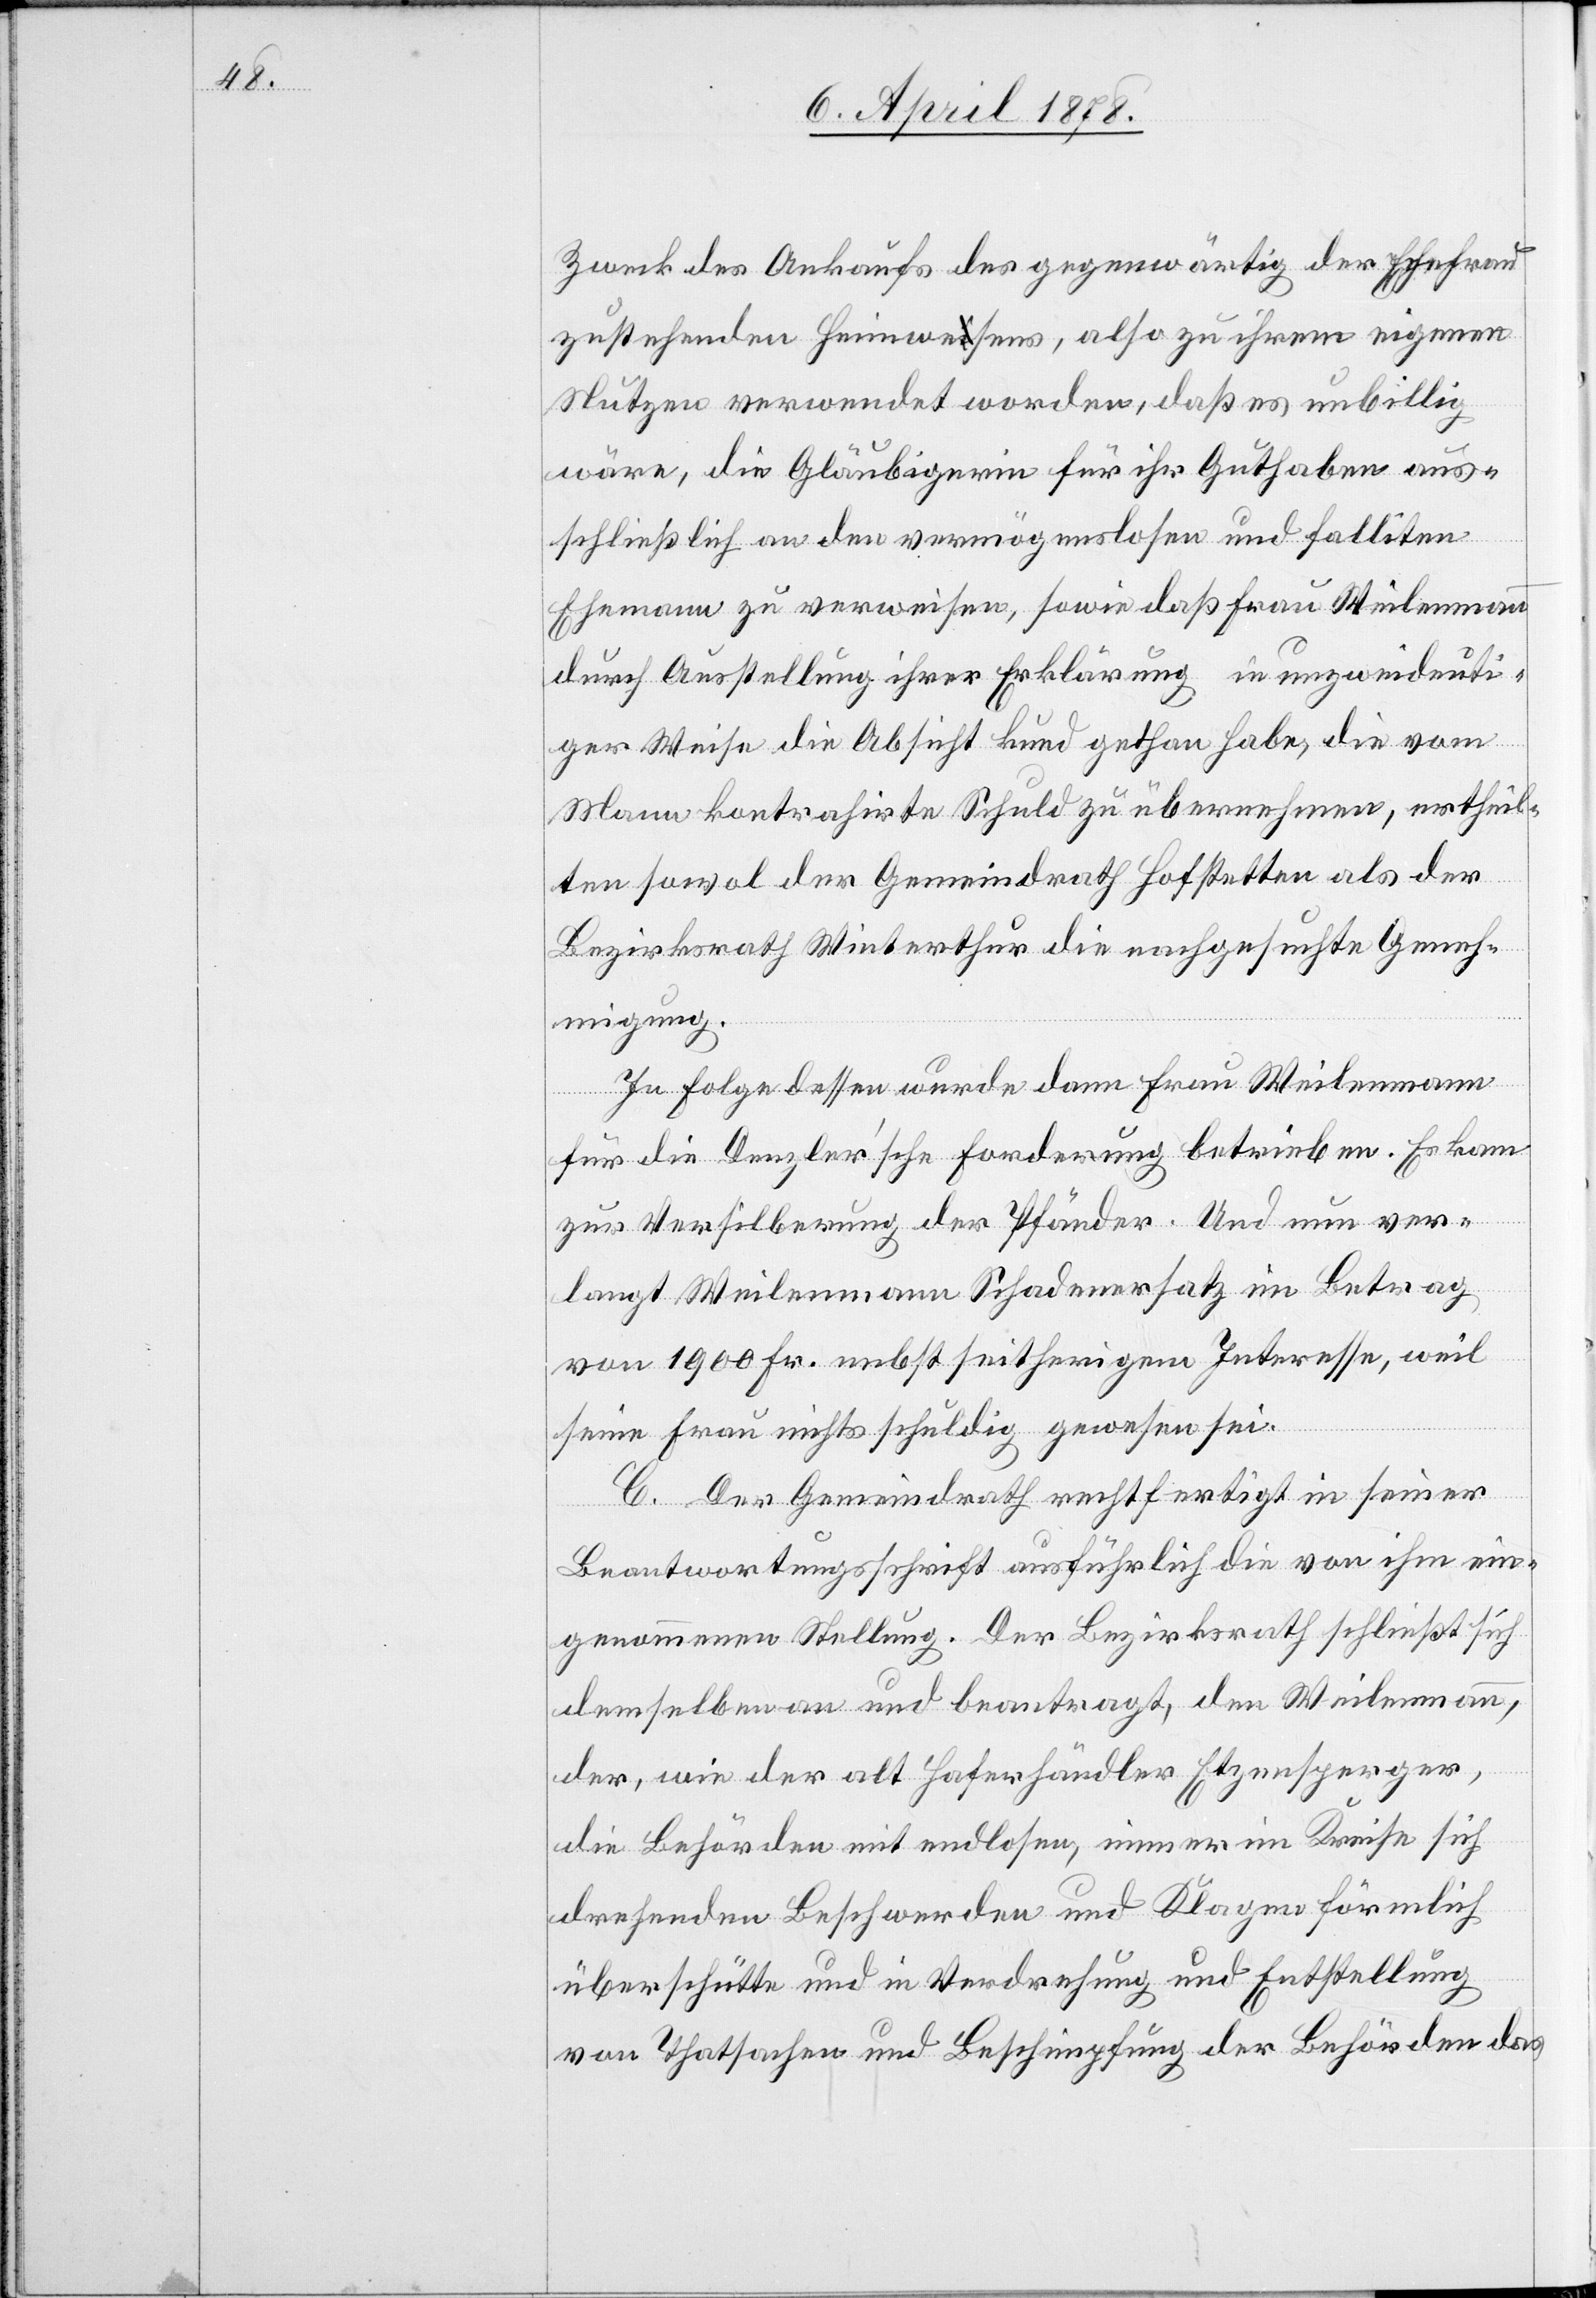
Zweck des Ankaufs des gegenwärtig der Ehefrau
zustehenden Heimwesens, also zu ihrem eigenen
Nutzen verwendet worden, daß es unbillig
wäre, die Gläubigerin für ihr Guthaben aus¬
schließlich an den vermögenslosen und falliten
Ehemann zu verweisen, sowie daß Frau Weilenmann
durch Ausstellung ihrer Erklärung in unzweideuti¬
ger Weise die Absicht kund gethan habe, die vom
Mann kontrahirte Schuld zu übernehmen, ertheil¬
ten sowol der Gemeindrath Hofstetten als der
Bezirksrath Winterthur die nachgesuchte Geneh¬
migung.
In Folge dessen wurde dann Frau Weilenmann
für die Denzler’sche Forderung betrieben. Es kam
zur Versilberung der Pfänder. Und nun ver¬
langt Weilenmann Schadenersatz im Betrag
von 1900 Fr. nebst seitherigem Interesse, weil
seine Frau nichts schuldig gewesen sei.
C. Der Gemeindrath rechtfertigt in seiner
Beantwortungsschrift ausführlich die von ihm ein¬
genommene Stellung. Der Bezirksrath schließt sich
demselben an und beantragt, den Weilenmann,
der, wie der alt Haferhändler Etzensperger,
die Behörden mit endlosen, immer im Kreise sich
drehenden Beschwerden und Klagen förmlich
überschütte und in Verdrehung und Entstellung
von Thatsachen und Beschimpfung der Behörden das